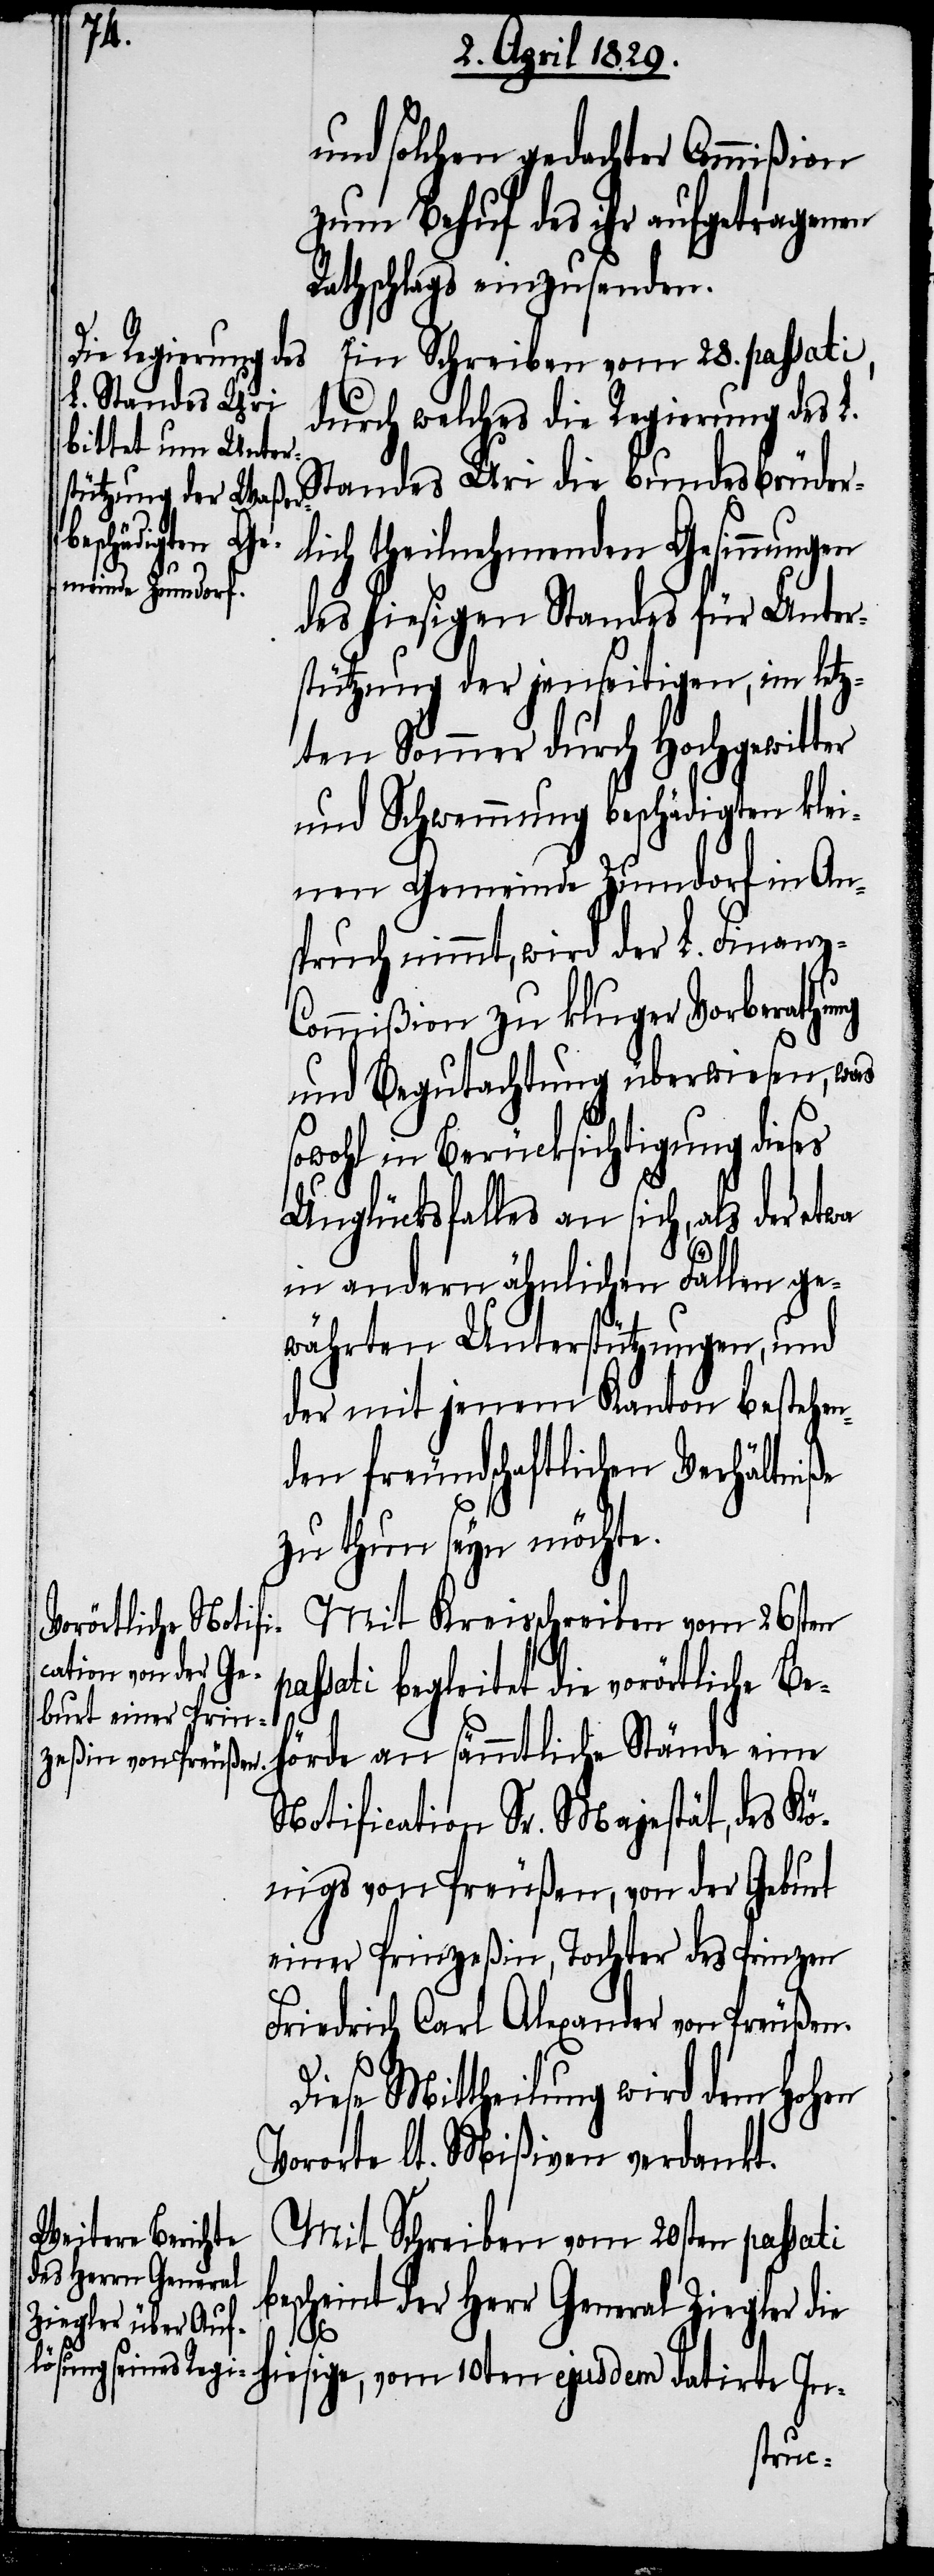
um solchen gedachter Commißion
zum Behuf des ihr aufgetragenen
Rathschlags einzusenden.
Ein Schreiben vom 28. passati,
durch welches die Regierung des L.
Standes Uri die bundesbrüder¬
lich theilnehmenden Gesinnungen
des hiesigen Standes für Unter¬
stützung der jenseitigen, im letz¬
ten Sommer durch Hochgewitter
und Schwemmung beschädigten klei¬
nen Gemeinde Zumdorf in An¬
spruch nimmt, wird der L. Finanz-C¬
ommißion zu kluger Vorberathung
und Begutachtung überwiesen, was
sowohl in Berücksichtigung dieses
Unglücksfalles an sich, als der etwa
in andern ähnlichen Fällen ge¬
währten Unterstützungen, und
der mit jenem Kanton bestehen¬
den freundschaftlichen Verhältniße
zu thun seyn möchte.
Mit Kreisschreiben vom 26sten
passti begleitet die vorörtliche Beh¬
örde an sämmtliche Stände eine
Notification Sr. Majestät, des Kö¬
nigs von Preußen, von der Geburt
einer Prinzeßin, Tochter des Prinzen
Friedrich Carl Alexander von Preußen.
Diese Mittheilung wird dem Hohen
Vororte lt. Mißiven verdankt.
Mit Schreiben vom 20sten passati
bescheint der Herr General Ziegler die